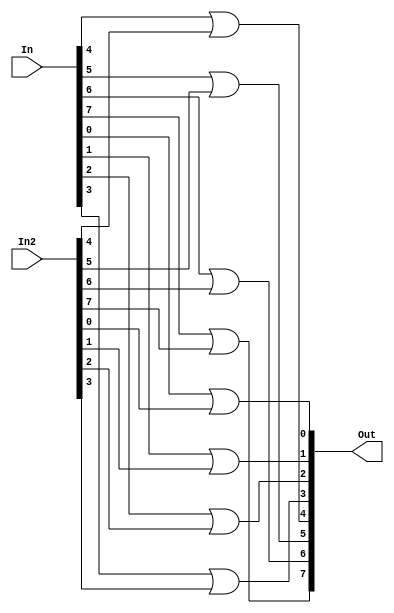
module Or8Bits(In, In2, Out);
	input [7:0] In;
	input [7:0] In2;
	output [7:0] Out;
	
	or o1(Out[0], In[0], In2[0]);
	or o2(Out[1], In[1], In2[1]);
	or o3(Out[2], In[2], In2[2]);
	or o4(Out[3], In[3], In2[3]);
	or o5(Out[4], In[4], In2[4]);
	or o6(Out[5], In[5], In2[5]);
	or o7(Out[6], In[6], In2[6]);
	or o8(Out[7], In[7], In2[7]);
endmodule